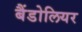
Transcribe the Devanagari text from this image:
बैंडोलियर